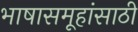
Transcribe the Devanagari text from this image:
भाषासमूहांसाठी